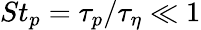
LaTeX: St_{p}=\tau_{p}/\tau_{\eta}\ll 1